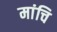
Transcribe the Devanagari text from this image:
मांचि